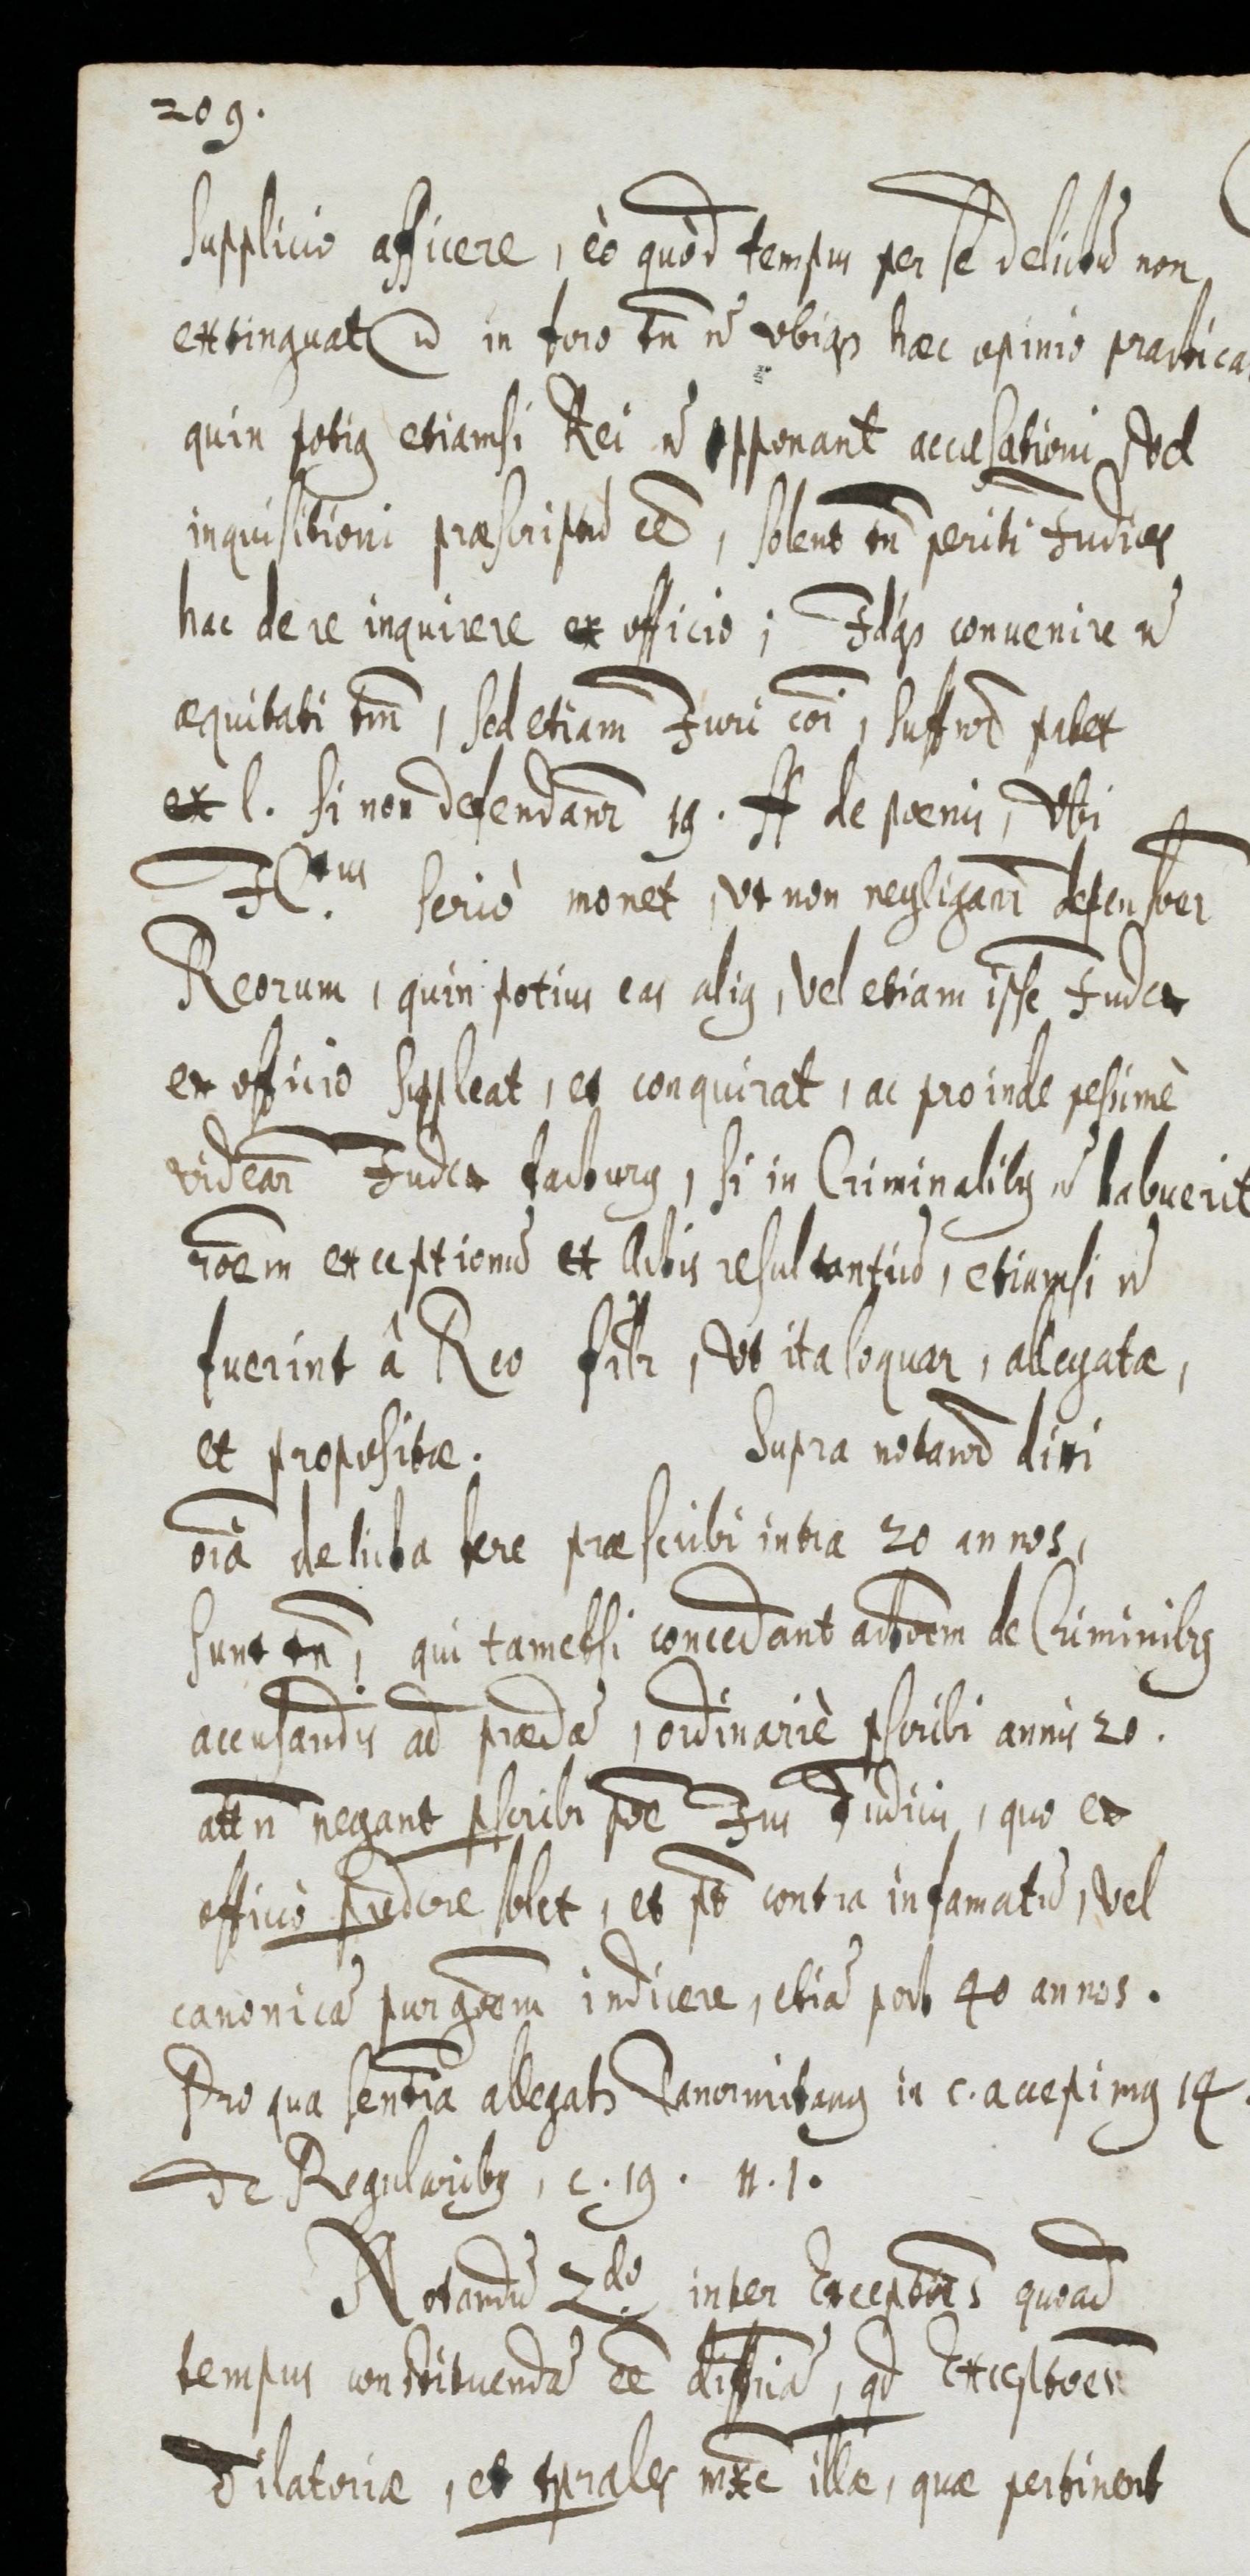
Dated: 1655–1655